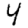
Digit: 4